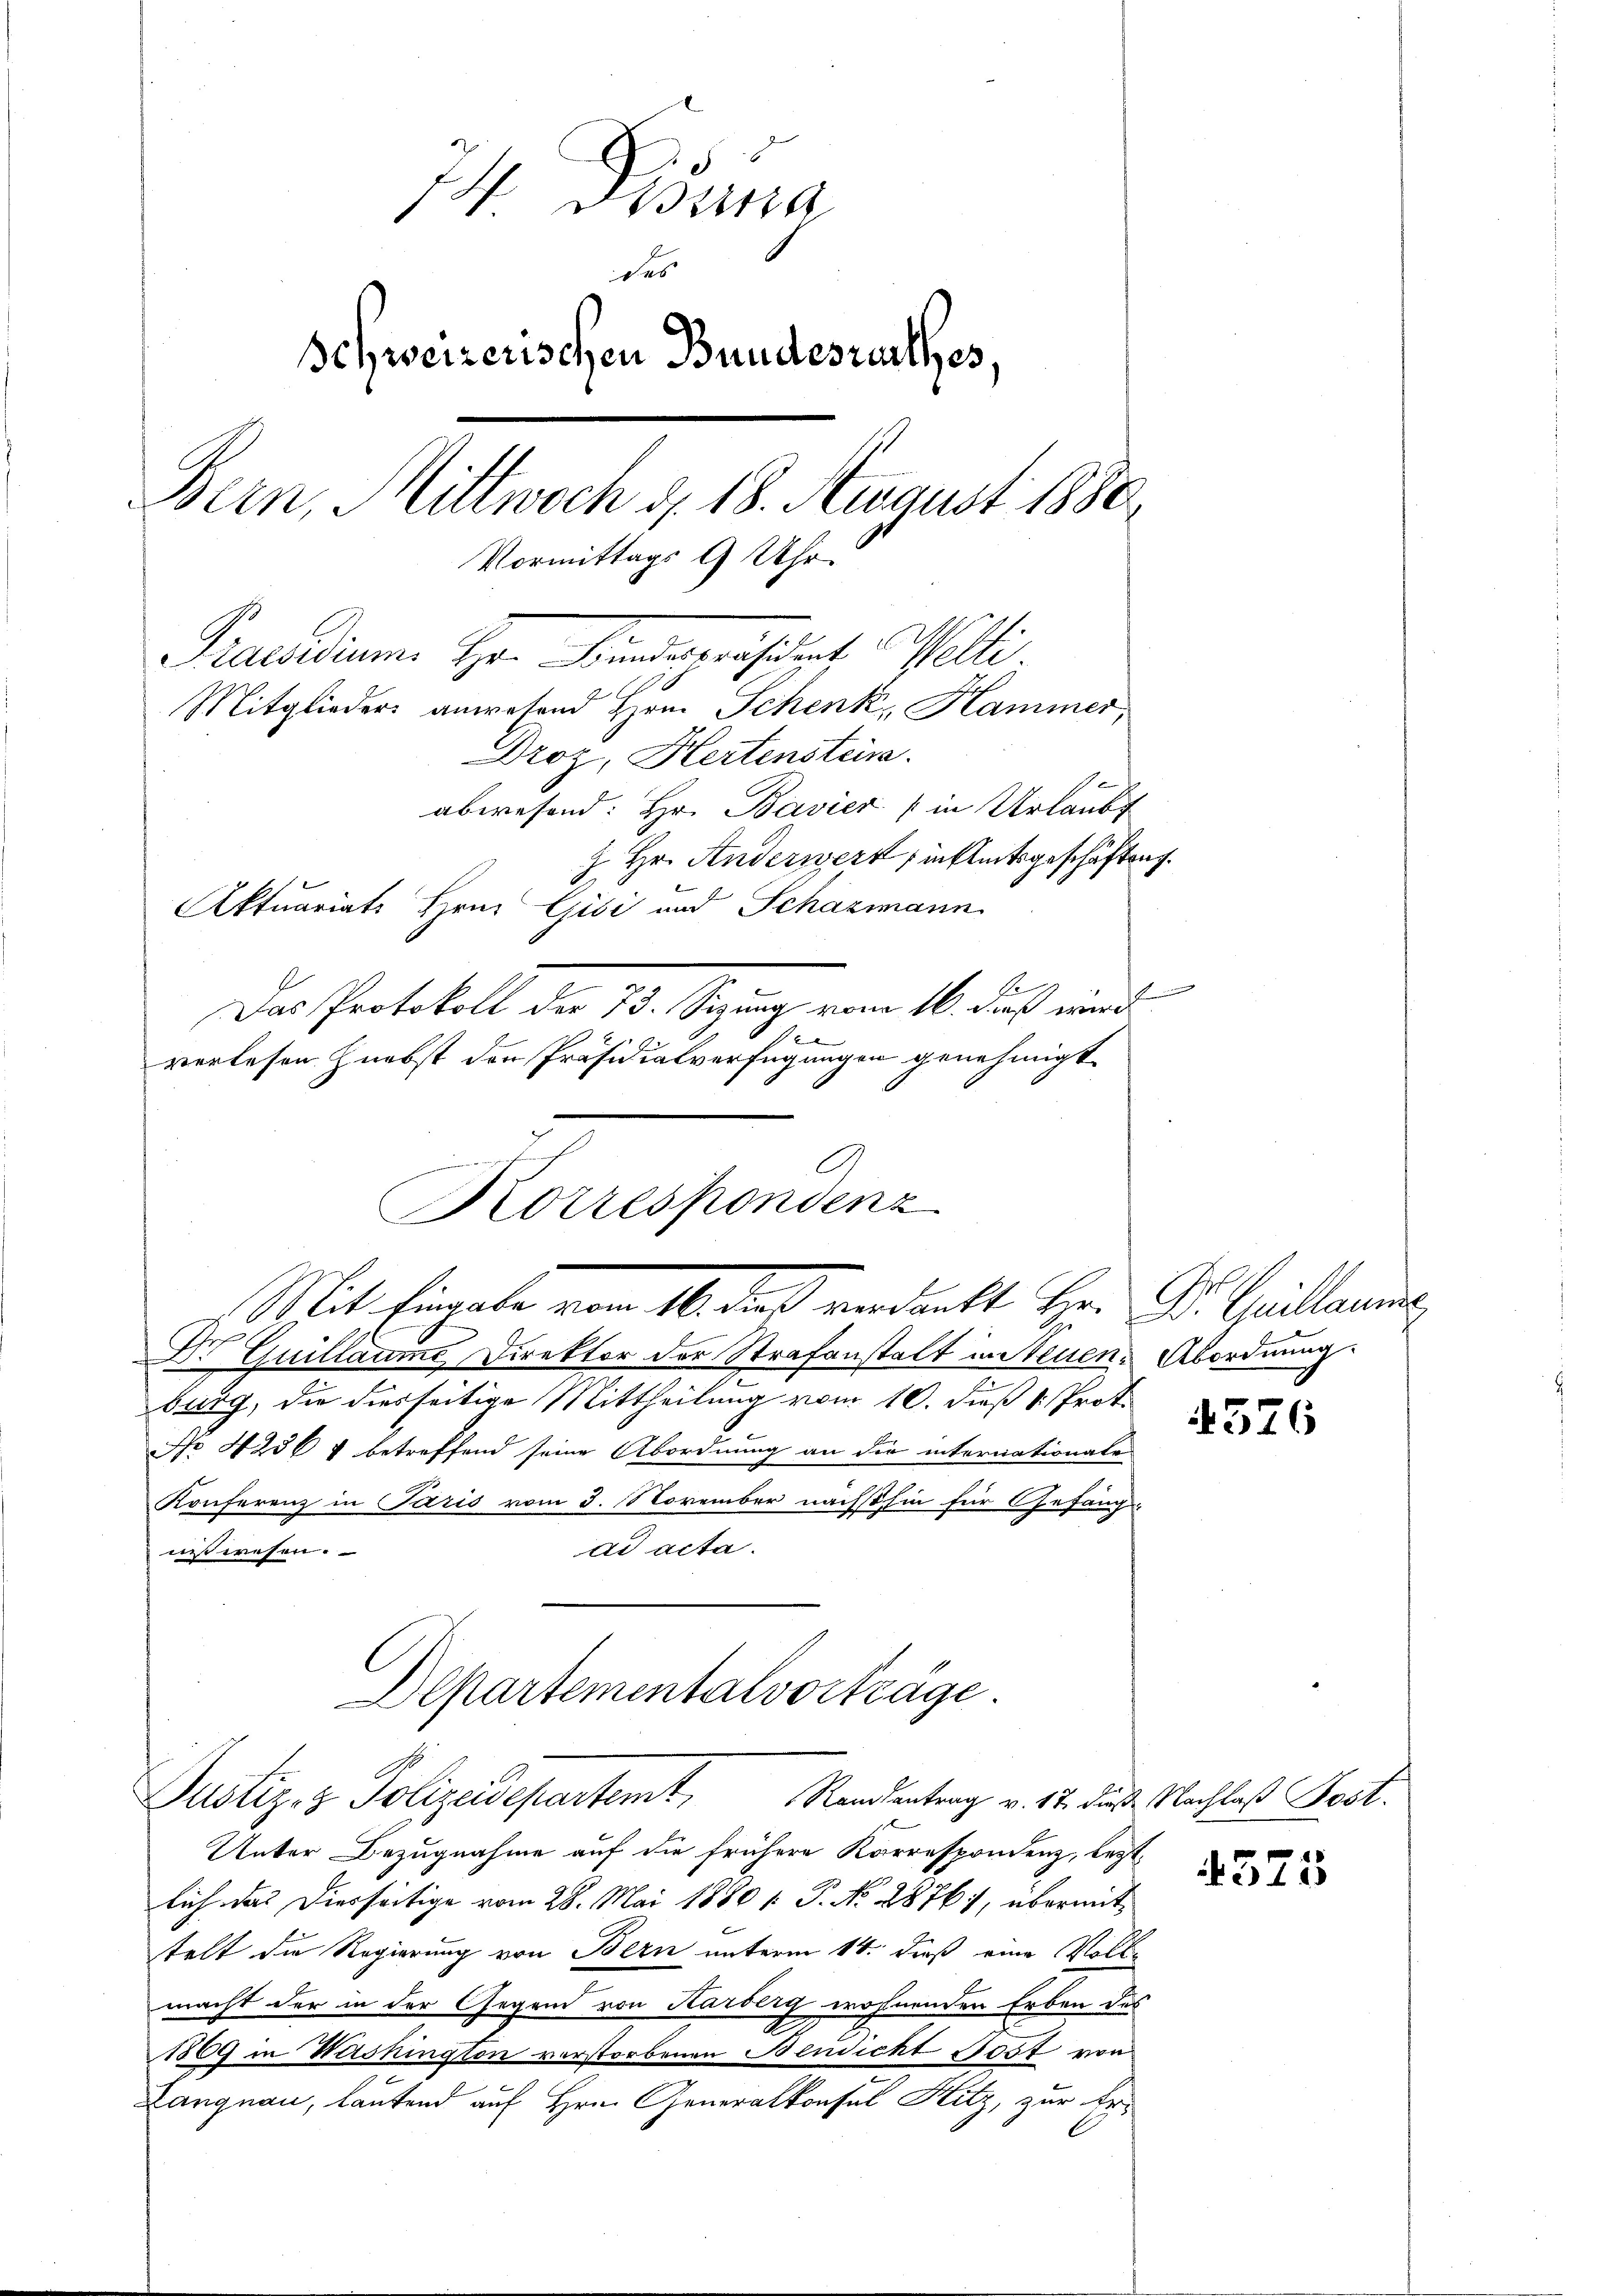
74. Distra
des
Schweizerischen Bundesrathes,
Bern, Mittwoch d. 18. August 1880
Vormittags 9 Uhr.
Praesidium Hr. Finderäsidirt Welti.
Mitglieders anwesend Hrn. Schenk, Hammer,
Droz, Hertenstein.
abwesend: Hr. Bavier (in Urlaubt
Z. Hr. Anderwert sinkleitsgeschäftung.
Aktuariats Hrn. Gisi und Schazmann
Das Protokoll des 13. Sitzung vom 16. daß wird
e
verlesen nebst den Präsidialverfügungen genehmigt

Korrespondenz
Mit Eingabe vom 14. dieß verdankt Hr. Dr. Spillarme

1

Dr Guillaume Direktor der Strafanstalt in Neuen Abordnung.
burg, die diesseitige Mittheilung vom 10. dieß 1. Prot.
No 4236 & betreffend seine Abordnung an die internationale
Konferenz in Paris vom 3. November nächsthin für Gefang
dd acta.
nit wesen.
Unter Bezugnahme auf die frühere Korrespondenz, bestlich das Diesseitige vom 28. Mai 1880 /: P. No 2876), übermit
telt die Regierung von Bern unterm 14. dieß eine Vollmacht der in der Gegend von Karberg wohnenden Erben des
1869 in Washington verstorbenen Bendicht 100f von
Langnau, lautend auf Hrn. Generalkonsul Hitz, zur Er¬

Departementalvorträge
Justiz- & Polizeidepartemt,
Raisantrag v. 17. dieß Nachlaß Post.

4326

4375